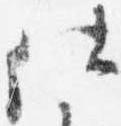
仕